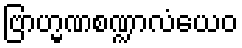
ဗြာဟ္မဏစဏ္ဍာလံယေဝ